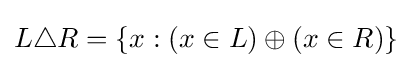
L\triangle R=\{x:(x\in L)\oplus (x\in R)\}